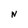
Character: N